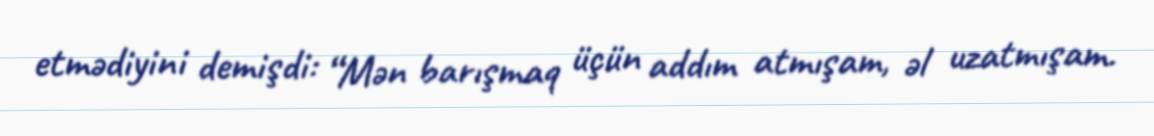
etmədiyini demişdi: “Mən barışmaq üçün addım atmışam, əl uzatmışam.